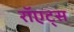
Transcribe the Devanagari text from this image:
रॉएट्स